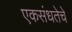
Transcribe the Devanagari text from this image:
एकसंधतेचे